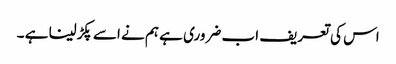
اس کی تعریف اب ضروری ہے ہم نے اسے پکڑلینا ہے ۔